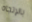
بالإتجاه